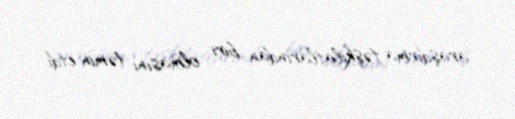
araşdırma təşkilatlarından biri olmasını təmin etdi.